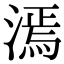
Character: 漹